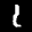
Label: 1